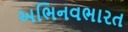
અભિનવભારત